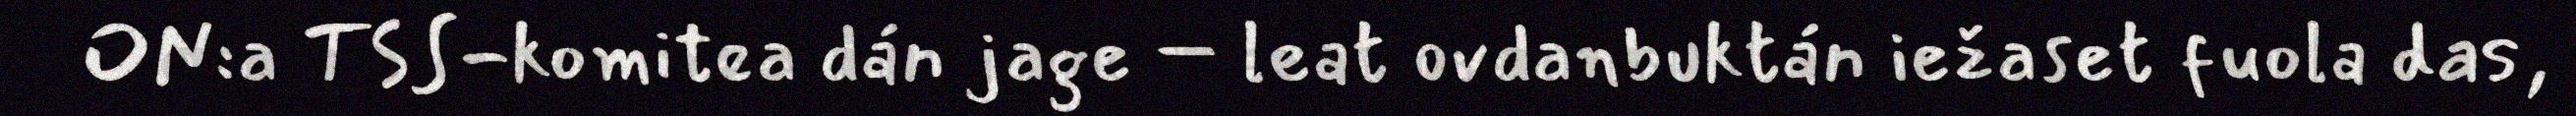
ON:a TSS-komitea dán jage – leat ovdanbuktán iežaset fuola das,